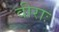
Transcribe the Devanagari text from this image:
वीराः